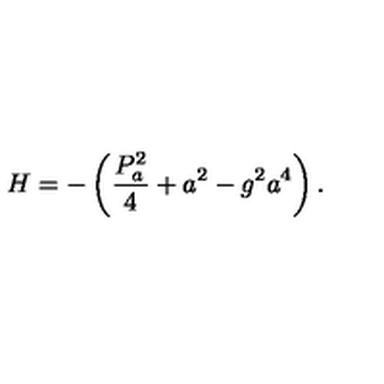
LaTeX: H = - \left( \frac { P _ { a } ^ { 2 } } { 4 } + a ^ { 2 } - g ^ { 2 } a ^ { 4 } \right) .